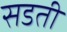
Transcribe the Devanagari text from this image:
सडती